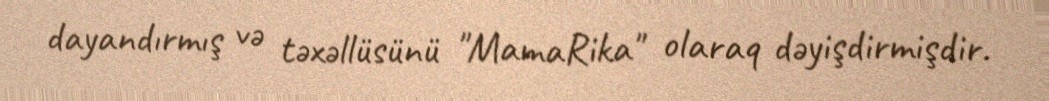
dayandırmış və təxəllüsünü "MamaRika" olaraq dəyişdirmişdir.